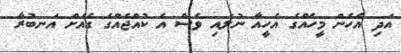
އަދި އެހެން މީހެއްގެ އެހީއާ ނުލައި ވެސް އެ ކުއްޖެއްގެ ގެއަށް އަނބުރާ